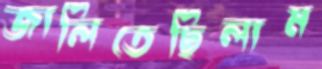
জালিতেছিলাম